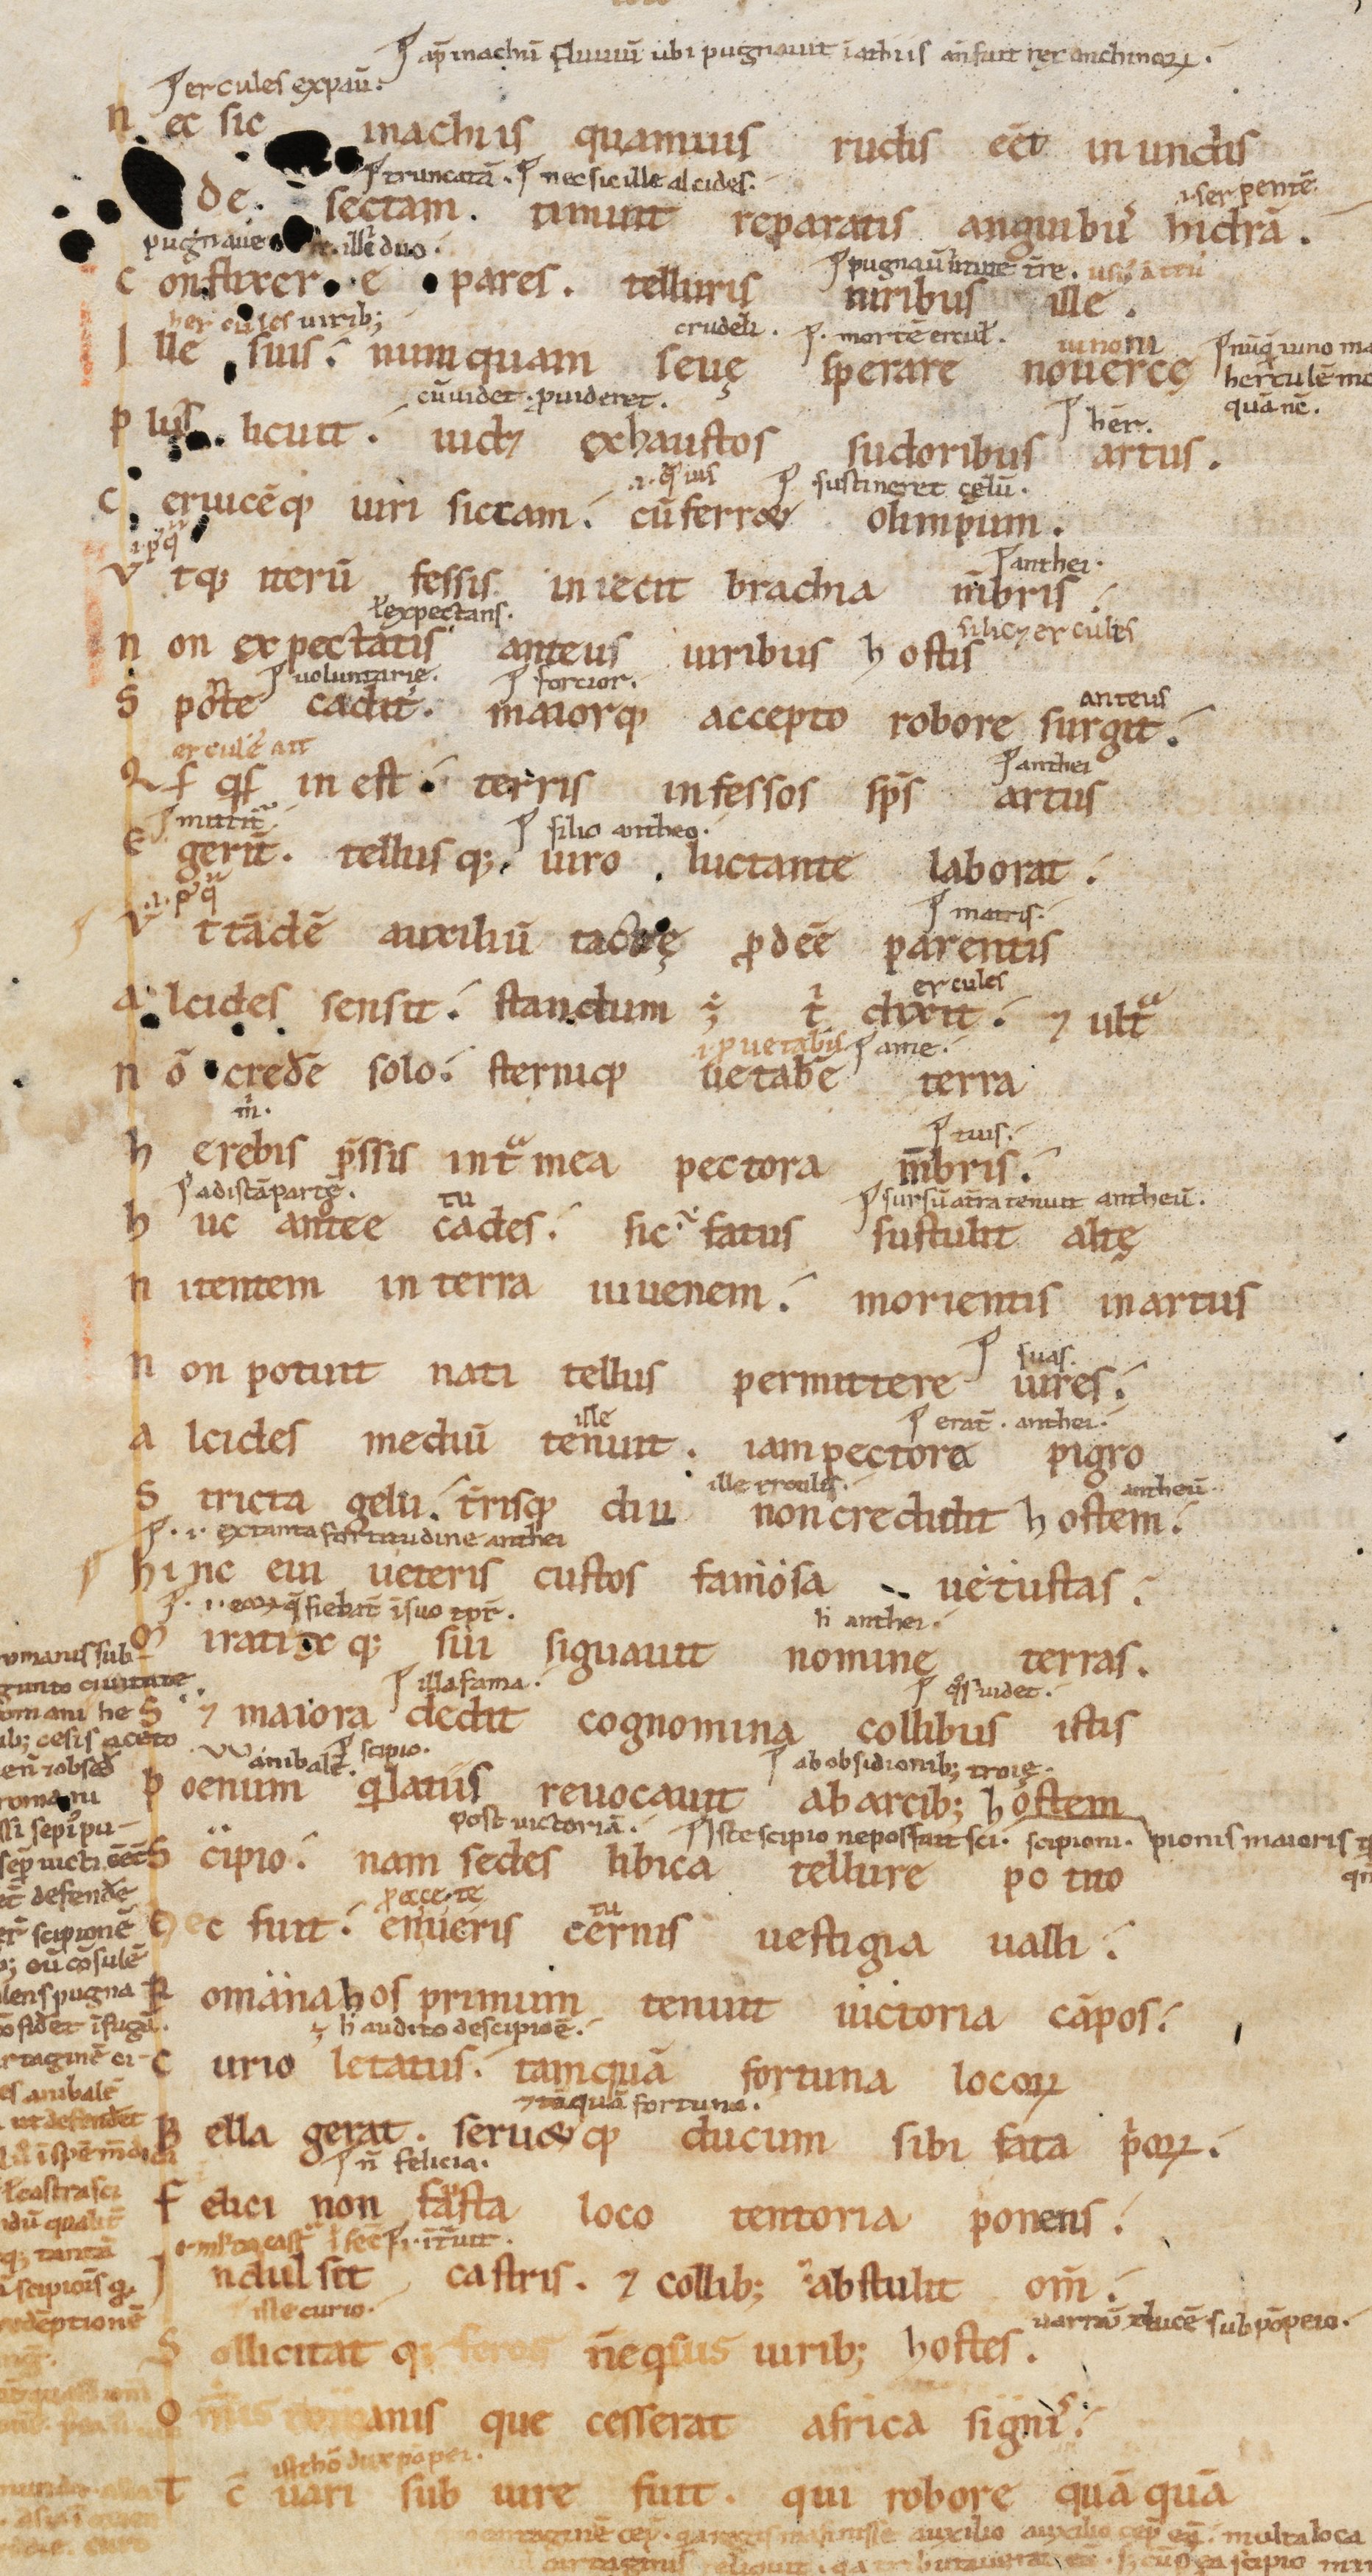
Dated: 1000–1099